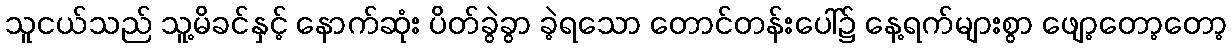
သူငယ်သည် သူ့မိခင်နှင့် နောက်ဆုံး ပိတ်ခွဲခွာ ခဲ့ရသော တောင်တန်းပေါ်၌ နေ့ရက်များစွာ ဖျော့တော့တော့